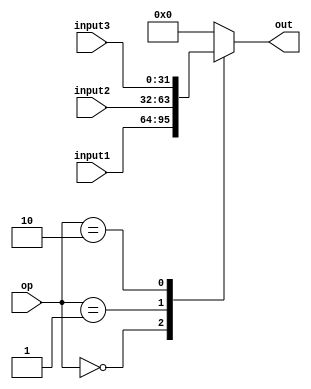
module mux_32_3Inputs (
    input [31:0] input1,
    input [31:0] input2,
    input [31:0] input3,
    input [1:0] op,
    output reg [31:0] out
);

  always @(*) begin
    case (op)
      2'b00:   out = input1;
      2'b01:   out = input2;
      2'b10:   out = input3;
      default: out = 32'b0;
    endcase
  end
endmodule